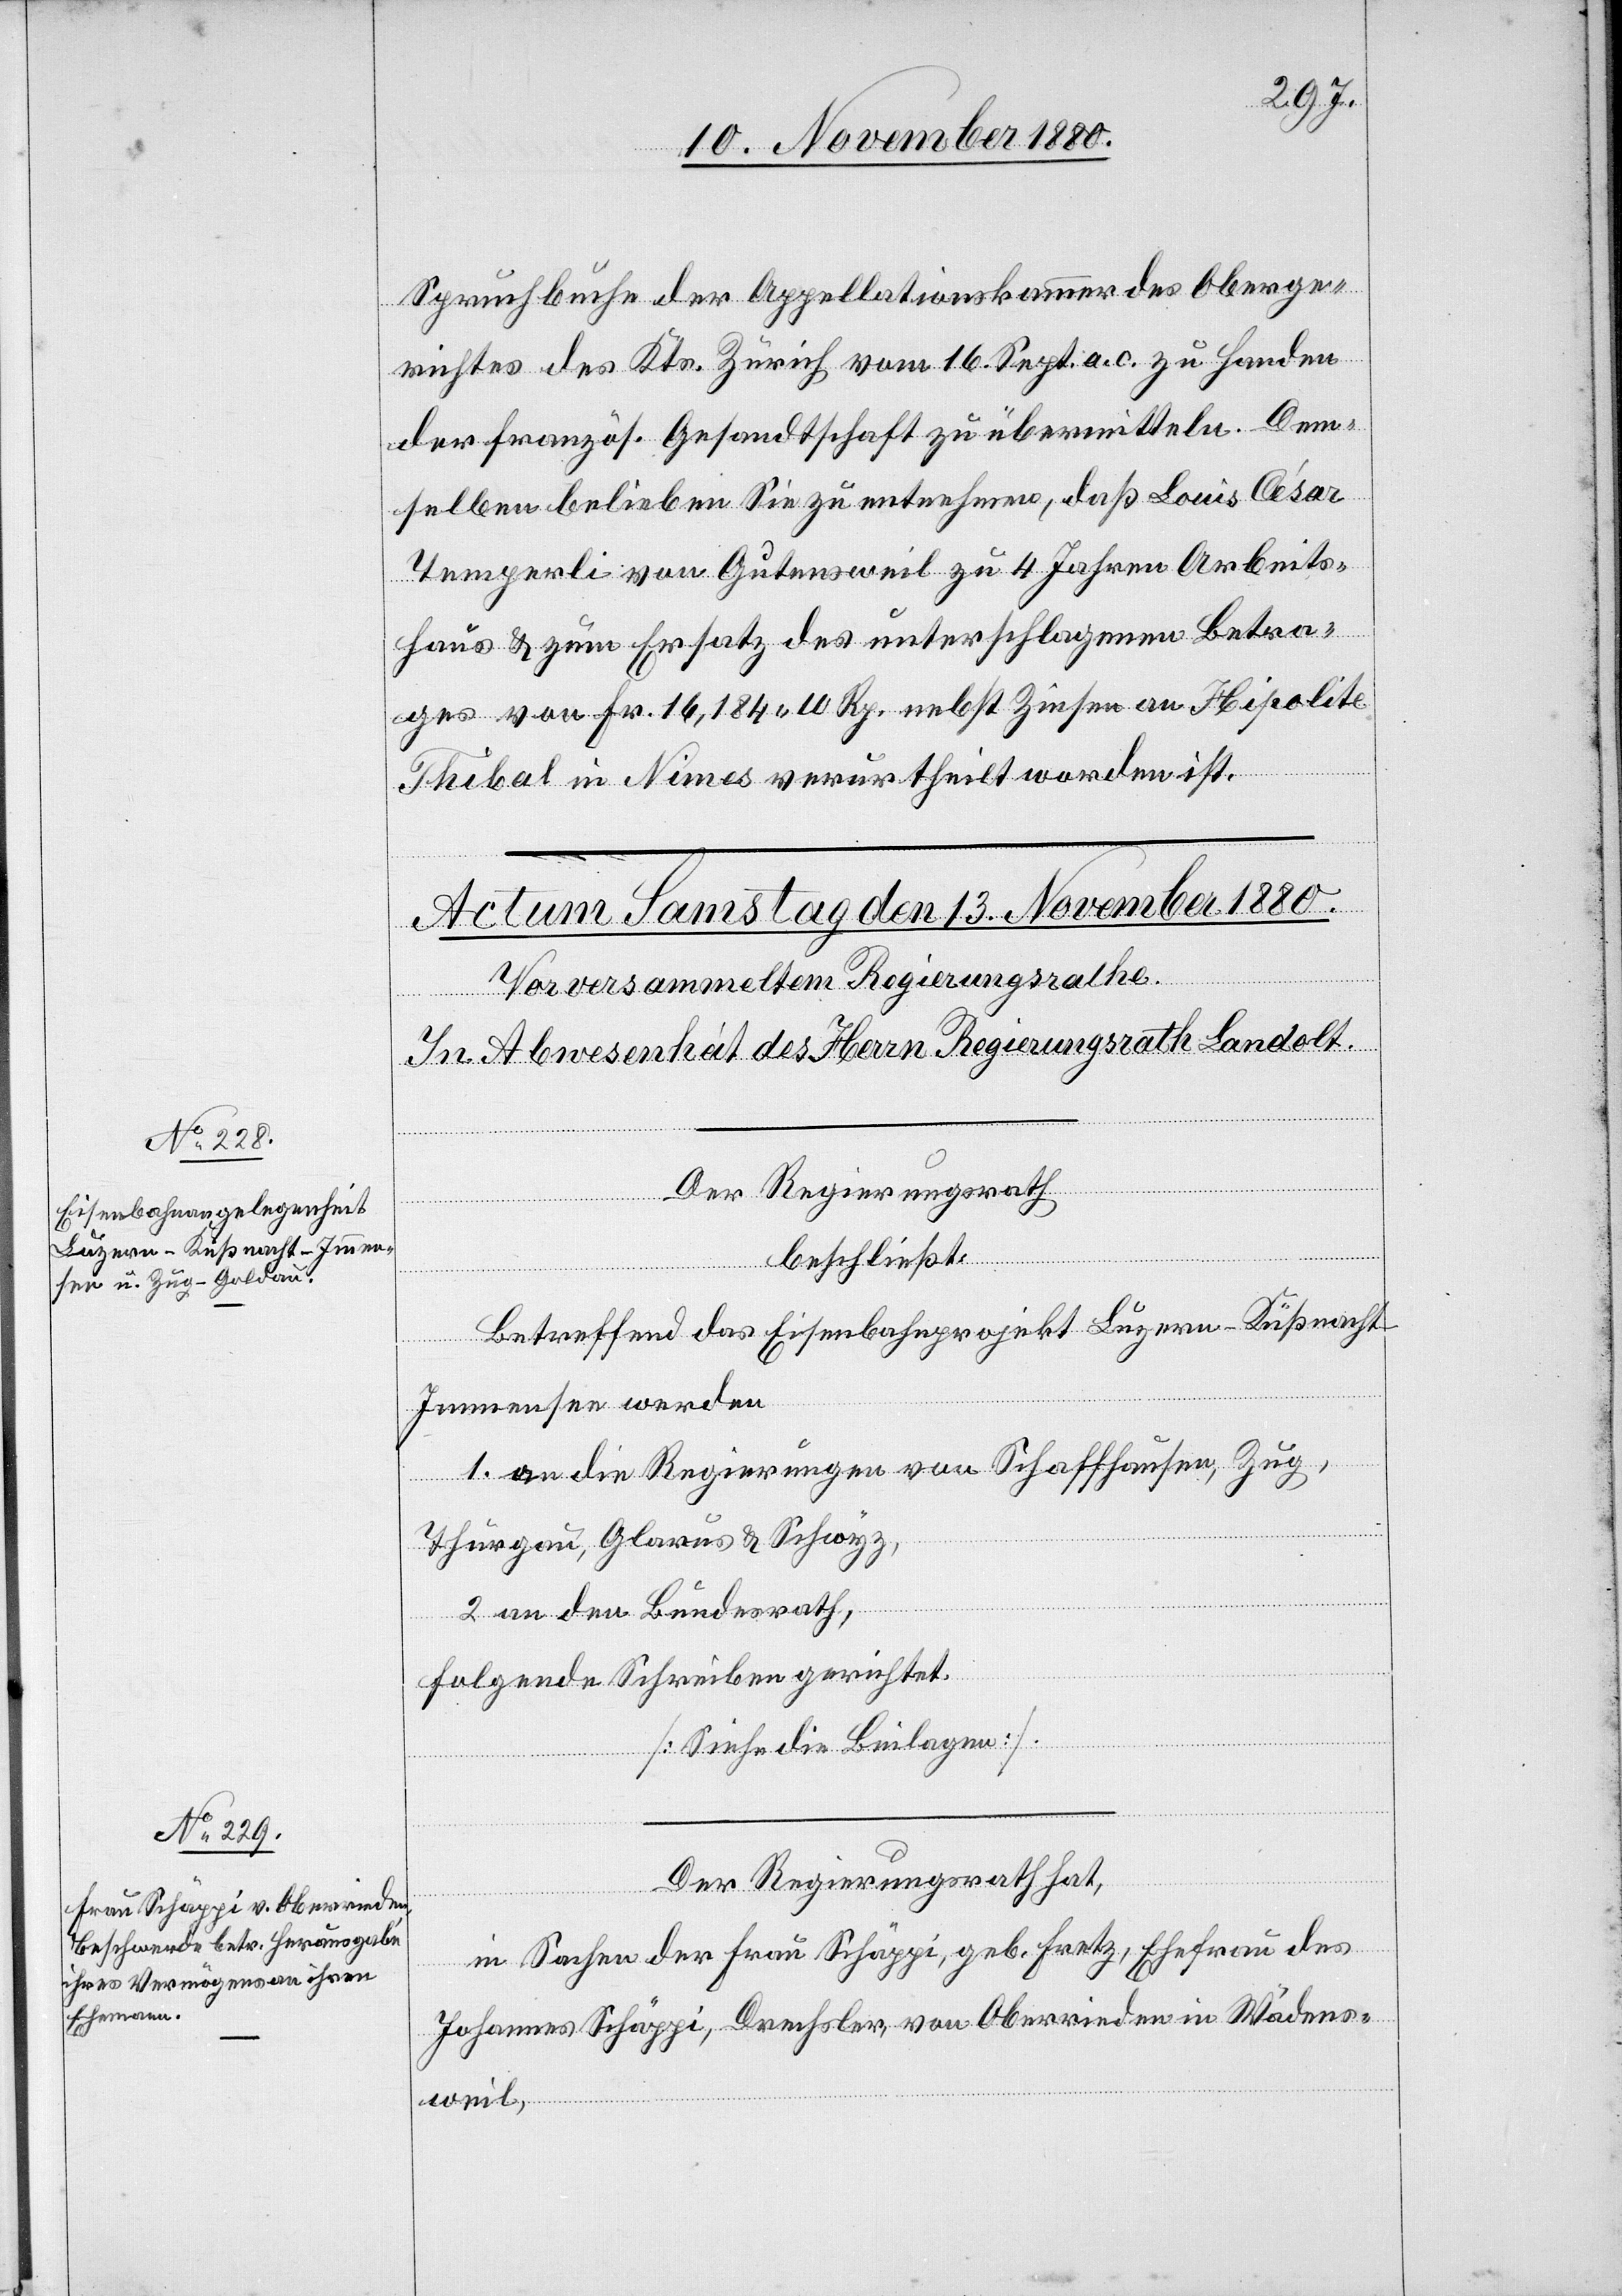
Spruchbuche der Appellationskammer des Oberge¬
richtes des Kts. Zürich vom 16. Sept. a. c. zu Handen
der französ. Gesandtschaft zu übermitteln. Dem¬
selben belieben Sie zu entnehmen, daß Louis Cesar
Temperli von Gutensweil zu 4 Jahren Arbeits¬
haus & zum Ersatz des unterschlagenen Betra¬
ges von Fr. 16,184 10 Rp. nebst Zinsen an Hipolite
Thibal in Nimes verurtheilt worden ist.“
Der Regierungsrath
beschließt:
Betreffend das Eisenbahnprojekt Luzern–Küßnacht–I¬
mmensee werden
1. an die Regierungen von Schaffhausen, Zug,
Thurgau, Glarus & Schwyz,
2. an den Bundesrath,
folgende Schreiben gerichtet.
[Siehe Beilagen].
Der Regierungsrath hat,
in Sachen der Frau Schäppi, geb. Fretz, Ehefrau des
Johannes Schäppi, Drechsler von Oberrieden in Wädens¬
weil,